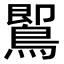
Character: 𪃹